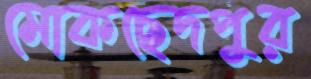
মোকছেদপুর